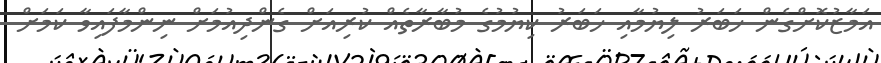
އަމާޒުކޮށްގެން ހަބަރު ލިޔުމާއި ހަބަރު ކިޔުމުގެ މުބާރާތެއް ކުރިއަށް ގެންދިއުމަށް ނިންމާފައިވާ ކަމަށް